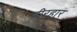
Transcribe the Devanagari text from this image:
वीरहार